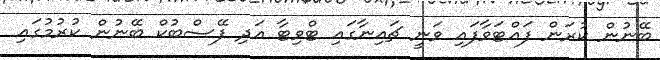
ބޭނުން ކުރަން ފައްޓަވާފައި ވަނީ ޗައިނާގައި ޓްވިޓާ އަދި ފޭސްބުކް ބޭނުން ކުރުމުގައި